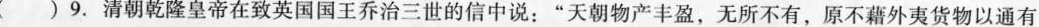
( )9.清朝乾隆皇帝在致英国国王乔治三世的信中说：”天朝物产丰盈，无所不有，原不籍外夷货物以通有